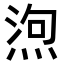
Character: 𭵆